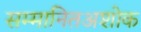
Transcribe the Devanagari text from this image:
सम्मानितअशोक